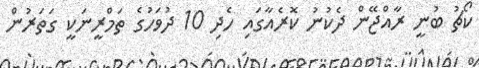
ކޯޗު ބުނީ ރާއްޖޭން ދެކުނު ކޮރެއާގައި ހެދި 10 ދުވަހުގެ ތަމްރީނަކީ ގަތަރުން